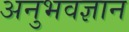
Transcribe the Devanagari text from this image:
अनुभवज्ञान